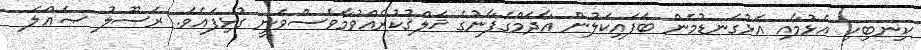
ކިނބިހި އެޅުމާއި އަޅުގަނޑުމެން ބަފައިކަލުން އާދަމްގެފާނުގެ ޚަލްޤުކުރެއްވުމާވެސްވަނީ ގުޅިފައެވެ. ރަސޫލު ޞައްލަ